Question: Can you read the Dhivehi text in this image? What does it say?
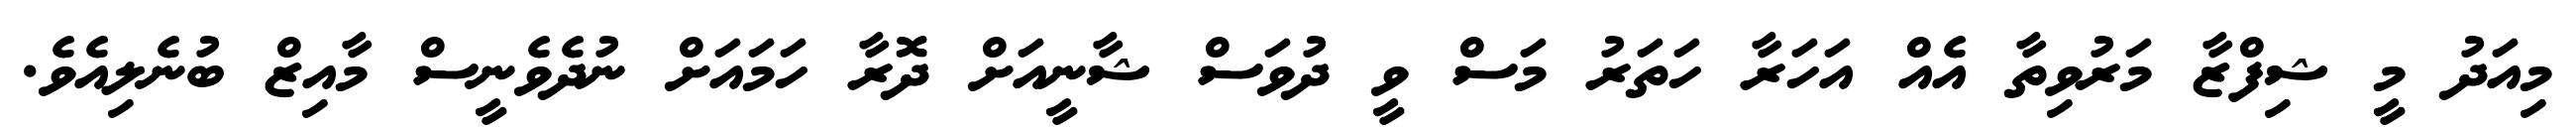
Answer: މިއަދު މީ ޝިފްޒާ މަރުވިތާ އެއް އަހަރާ ހަތަރު މަސް ވީ ދުވަސް ޝާނީއަށް ދޮރާ ހަމައަށް ނުދެވެނީސް މާއިޒް ބުނެލިއެވެ.